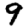
Digit: 9